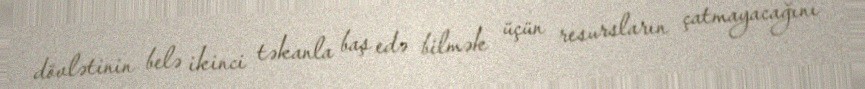
dövlətinin belə ikinci təkanla baş edə bilmək üçün resursların çatmayacağını